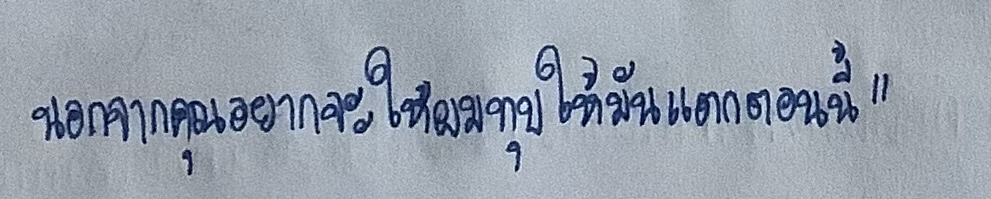
นอกจากคุณอยากจะให้ผมทุบให้มันแตกตอนนี้"